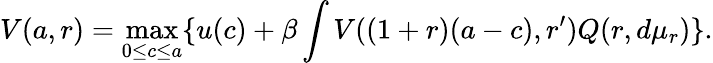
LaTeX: V(a,r)=\operatorname*{max}_{0\leq c\leq a}\{ u(c)+\beta\int V((1+r)(a-c),r^{\prime})Q(r,d\mu_{r})\} .